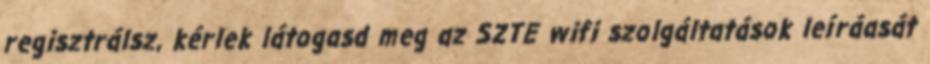
regisztrálsz, kérlek látogasd meg az SZTE wifi szolgáltatások leíráasát